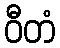
ဝီတံ